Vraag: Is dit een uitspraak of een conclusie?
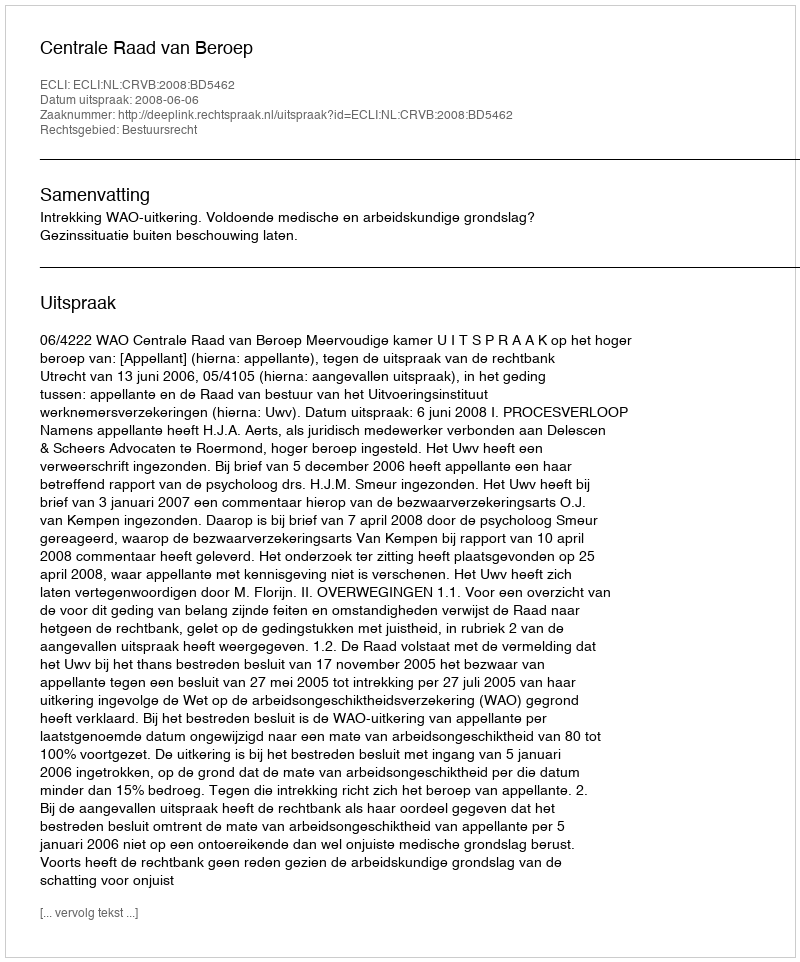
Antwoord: Uitspraak